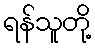
ရန်သူတို့